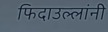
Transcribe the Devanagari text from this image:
फिदाउल्लांनी